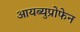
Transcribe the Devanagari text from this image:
आयब्युप्रोफेन